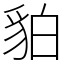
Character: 貃